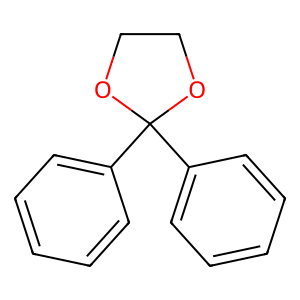
SMILES: c1ccc(C2(c3ccccc3)OCCO2)cc1
Inhibits HIV replication: No